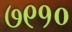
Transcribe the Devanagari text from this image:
७९१०